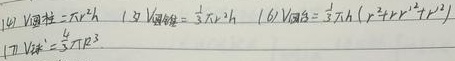
(14) \(V_{圆柱}=\pi r^{2}h\)
(15) \(V_{圆锥}=\frac{1}{3}\pi r^{2}h\)
(16) \(V_{圆台}=\frac{1}{3}\pi h(r^{2}+rr'+r'^{2})\)
(17) \(V_{球}=\frac{4}{3}\pi R^{3}\)